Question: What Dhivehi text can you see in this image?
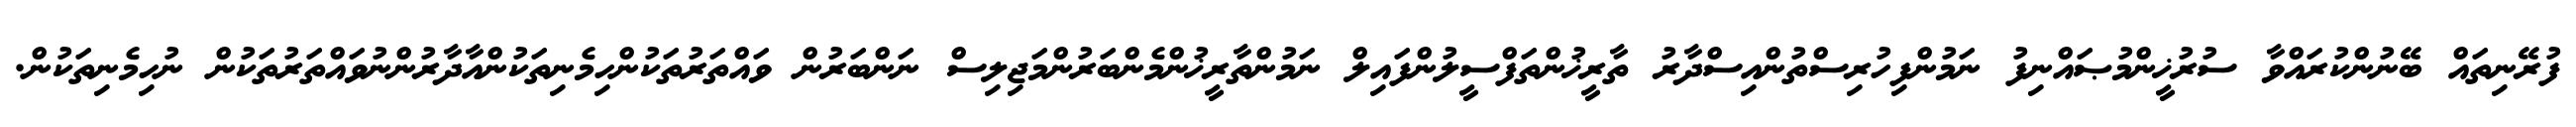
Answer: ފުރޭނިތައް ބޭނުންކުރައްވާ ސުރުޚީންމުޞައްނިފު ނަމުންފިހުރިސްތުންއިސްދާރު ތާރީޚުންތަފްސީލުންފައިލް ނަމުންތާރީޚުންމެންބަރުންމަޖިލިސް ނަންބަރުން ވައްތަރުތަކުންހިމެނިތަކުންއާދާރުންނުވައްތަރުތަކުން ނުހިމެނިތަކުން.